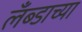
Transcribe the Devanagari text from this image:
लँब्डाच्या